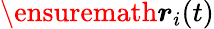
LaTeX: \ensuremath{\boldsymbol{r}}_{i}(t)